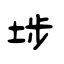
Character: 埗